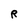
Character: R